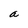
Character: a